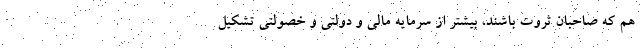
هم که صاحبان ثروت باشند، بیشتر از سرمایه مالی و دولتی و خصولتی تشکیل‌